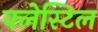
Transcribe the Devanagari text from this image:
क्लेस्टिल